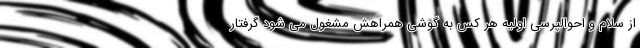
از سلام و احوالپرسی اولیه هر کس به گوشی همراهش مشغول می شود گرفتار